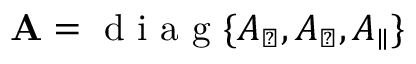
\mathbf { A } = \textrm { d i a g } \{ A _ { \perp } , A _ { \perp } , A _ { \parallel } \}